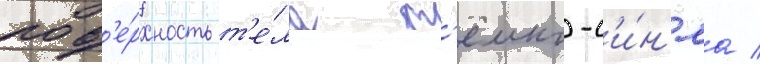
пов'е́рхность т'е́ла т'ёмно-с'и́н'яа /